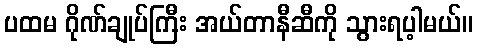
ပထမ ဂိုဏ်ချုပ်ကြီး အယ်တာနီဆီကို သွားရပ့ါမယ်။